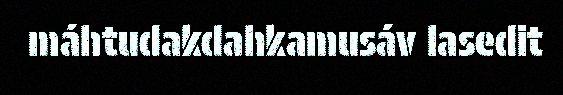
máhtudakdahkamusáv lasedit